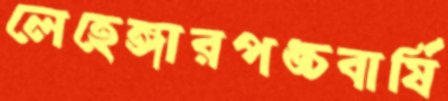
লেহেঙ্গারপঙ্চবার্ষি